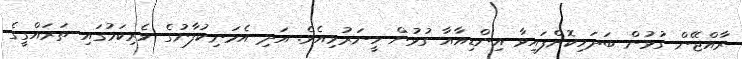
ރާއްޖޭން ގުޅުން ބަދަހިކޮށްފައިވާ އިންޑިއާއާ ގުޅުން ހީނަރުވިއެވެ. އަދި އެމަނިކުފާނުގެ ވެރިކަމުގައި ތަރައްގީގެ